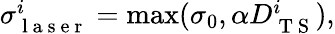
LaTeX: \begin{array}{r}{\sigma_{\mathrm{~l~a~s~e~r~}}^{i}=\operatorname*{max}(\sigma_{0},\alpha D_{\mathrm{~T~S~}}^{i}),}\end{array}